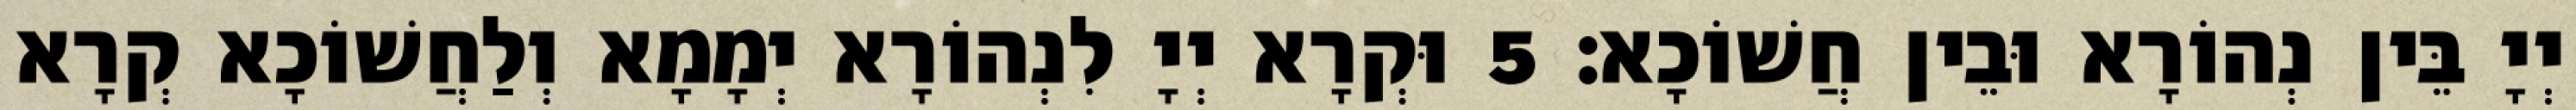
יְיָ בֵּין נְהוֹרָא וּבֵין חֲשׁוֹכָא׃ 5 וּקְרָא יְיָ לִנְהוֹרָא יְמָמָא וְלַחֲשׁוֹכָא קְרָא